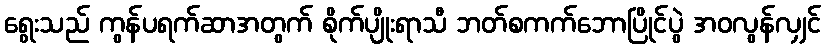
ရွေးသည် ကွန်ပရက်ဆာအတွက် စိုက်ပျိုးရာသီ ဘတ်စကက်ဘောပြိုင်ပွဲ အဝလွန်လျှင်